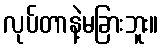
လုပ်တာနဲ့မခြားဘူး။